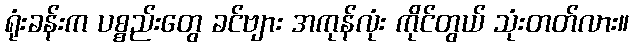
ရုံးခန်းက ပစ္စည်းတွေ ခင်ဗျား အကုန်လုံး ကိုင်တွယ် သုံးတတ်လား။